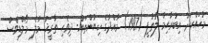
މުހައްހަދު އިބުރާހިމް ލުތުފީ. (1987). މާއްދާގެ ކިޔުންތައް- ދިވެހި ތާރީޚު. މާލެ. މޯލްޑިވްސް